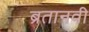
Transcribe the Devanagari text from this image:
ब्रतानवी